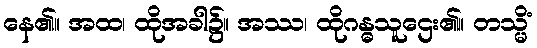
နေ၏။ အထ၊ ထိုအခါ၌။ အဿ၊ ထိုဂန္ဓသူဌေး၏။ တသ္မိံ